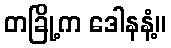
တခြို့က ဒေါနနံ့။